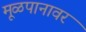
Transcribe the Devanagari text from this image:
मूळपानावर